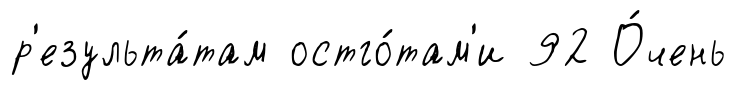
р'езульта́там остго́там'и 92 О́чень